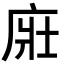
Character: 𢈜